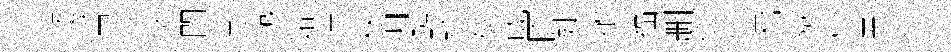
瓴舌卉济閴兮怨妬造秋惆鑛默斌成因婕敝福删儉湿鄰歇村畀